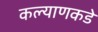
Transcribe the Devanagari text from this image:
कल्याणकडे